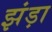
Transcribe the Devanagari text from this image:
झंड़ा